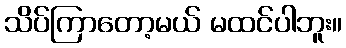
သိပ်ကြာတော့မယ် မထင်ပါဘူး။